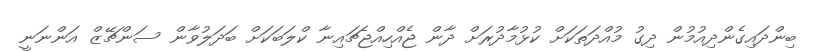
ބިންދައިގެންދިއުމުން ދިގު މުއްދަތަކަށް ކުޅުމާދުރަށް ދާން ޖެއްހިއްޖެޗައިނާ ކްލަބަކަށް ބަދަލުވާން ސަންޗޭޒް އަންނަނީ